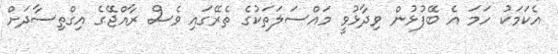
އެކަމަކު ހަމަ އެ ބޭފުޅުން ވިދާޅުވީ މައްސަލަތަކުގެ ތެރޭގައި ވެސް ރާއްޖޭގެ އިގްތިސާދަށް